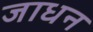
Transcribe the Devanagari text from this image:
जाधन